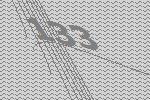
133